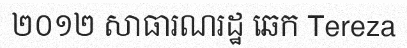
២០១២ សាធារណរដ្ឋ ឆេក Tereza